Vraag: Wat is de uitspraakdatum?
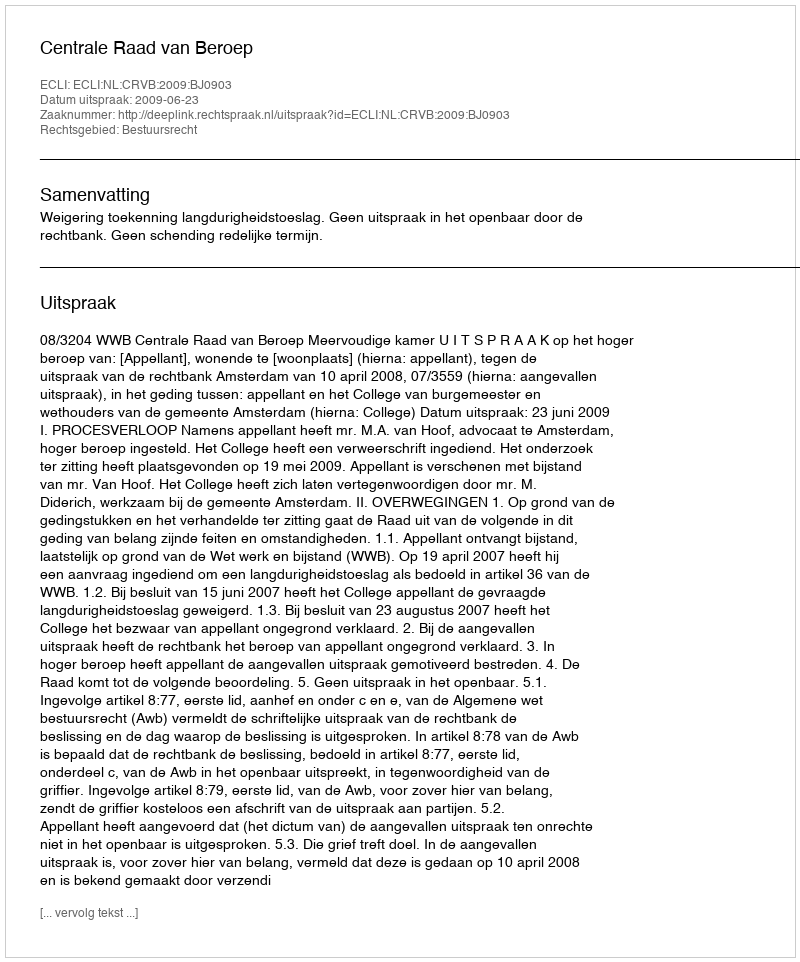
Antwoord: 2009-06-23